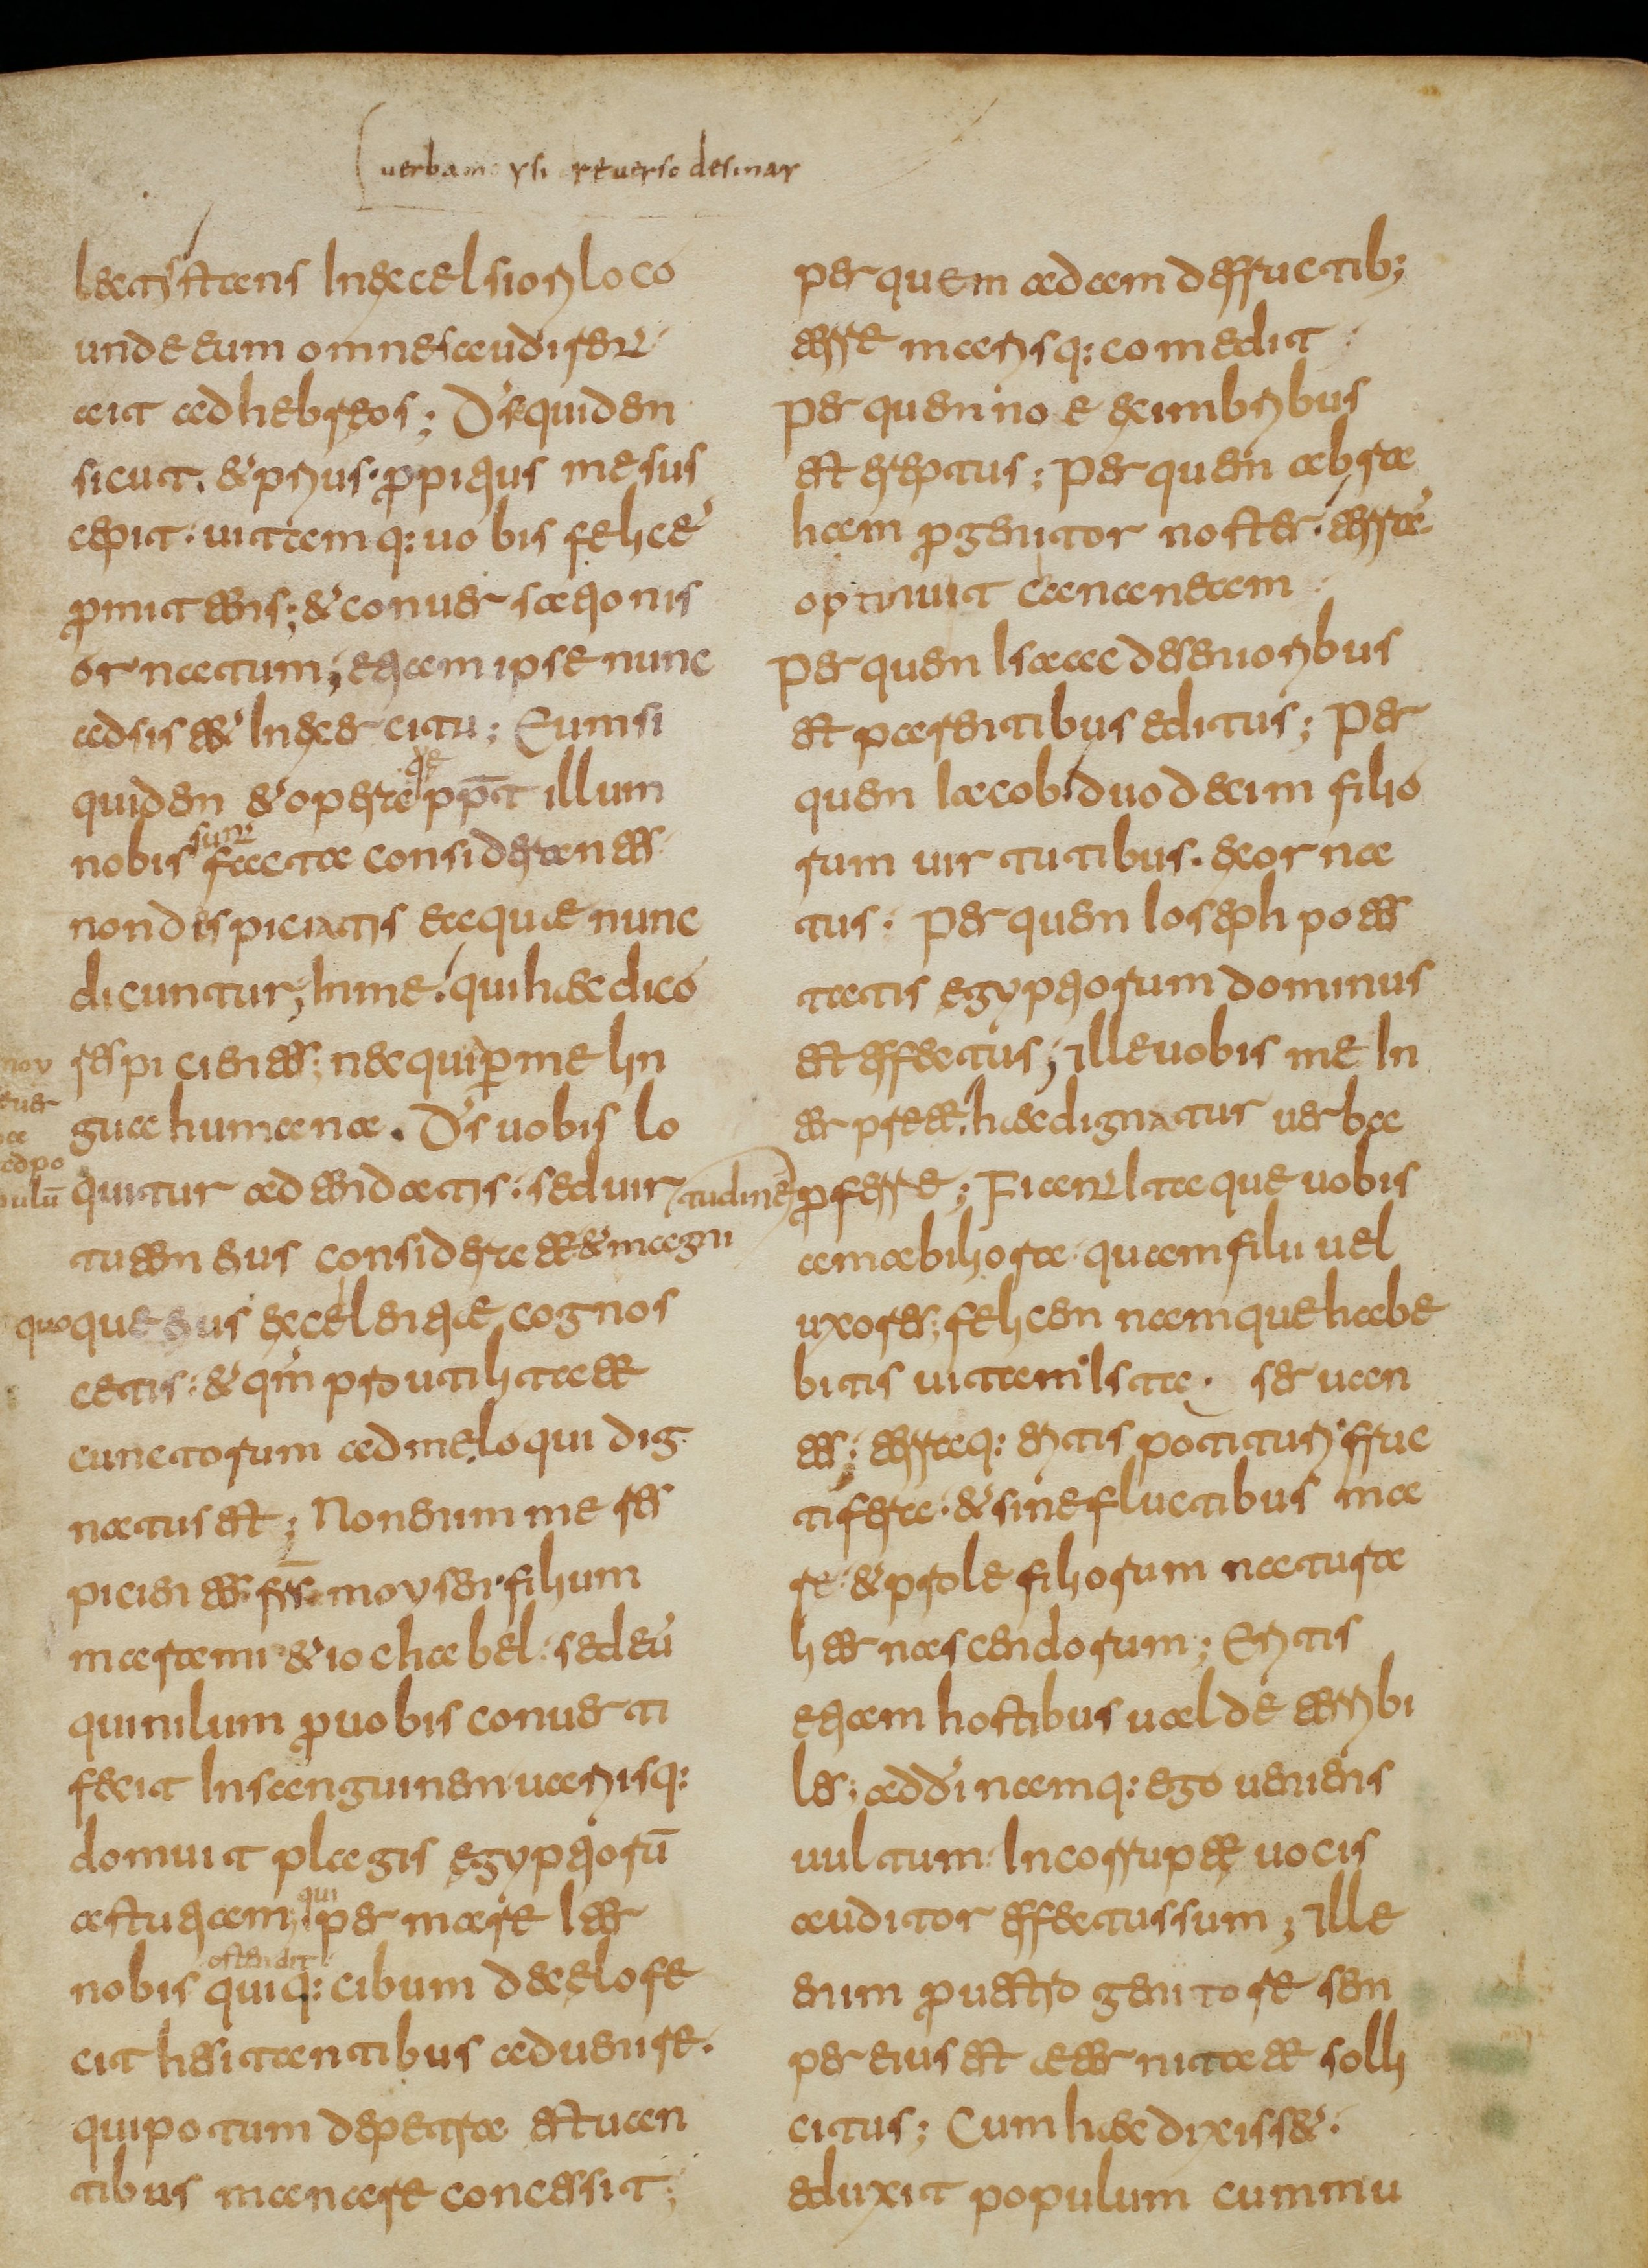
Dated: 800–849